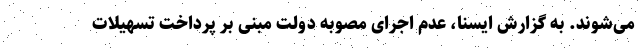
می‌شوند. به گزارش ایسنا، عدم اجرای مصوبه دولت مبنی بر پرداخت تسهیلات